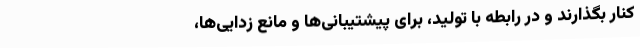
کنار بگذارند و در رابطه با تولید، برای پیشتیبانی‌ها و مانع زدایی‌ها،